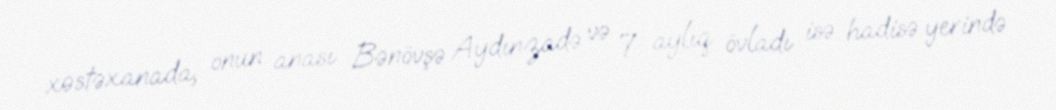
xəstəxanada, onun anası Bənövşə Aydınzadə və 7 aylıq övladı isə hadisə yerində